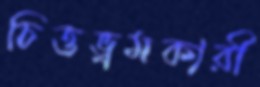
চিত্তভ্রমকারী